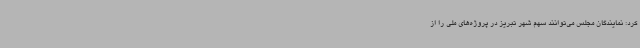
کرد: نمایندگان مجلس می‌توانند سهم شهر تبریز در پروژه‌های ملی را از